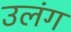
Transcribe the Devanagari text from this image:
उलंग